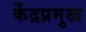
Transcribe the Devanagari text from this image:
केंद्रप्रमुख